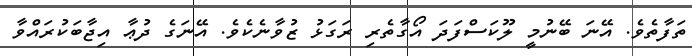
ތަފާތެވެ. އޭނަ ބޭނުމީ ލޫކަސްފަދަ އޯގާތެރި ރަގަޅު ޒުވާނެކެވެ. އޭނަގެ ދުޢާ އިޖާބަކުރައްވާ